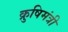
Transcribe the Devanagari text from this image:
क्रुषिमंत्री